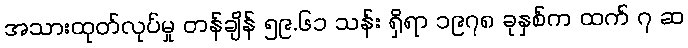
အသားထုတ်လုပ်မှု တန်ချိန် ၅၉.၆၁ သန်း ရှိရာ ၁၉၇၈ ခုနှစ်က ထက် ၇ ဆ